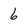
Character: 6